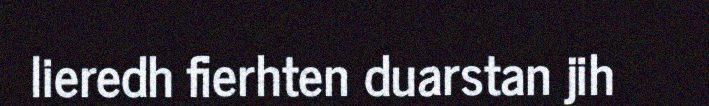
lieredh fierhten duarstan jih